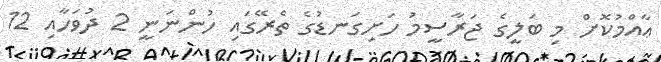
ޢާއްމުކޮށް މި ބަލީގެ ޖަރާސީމު ހަށިގަނޑުގެ ތެރޭގައި ހުންނަނީ 2 ދުވަހާއި 12